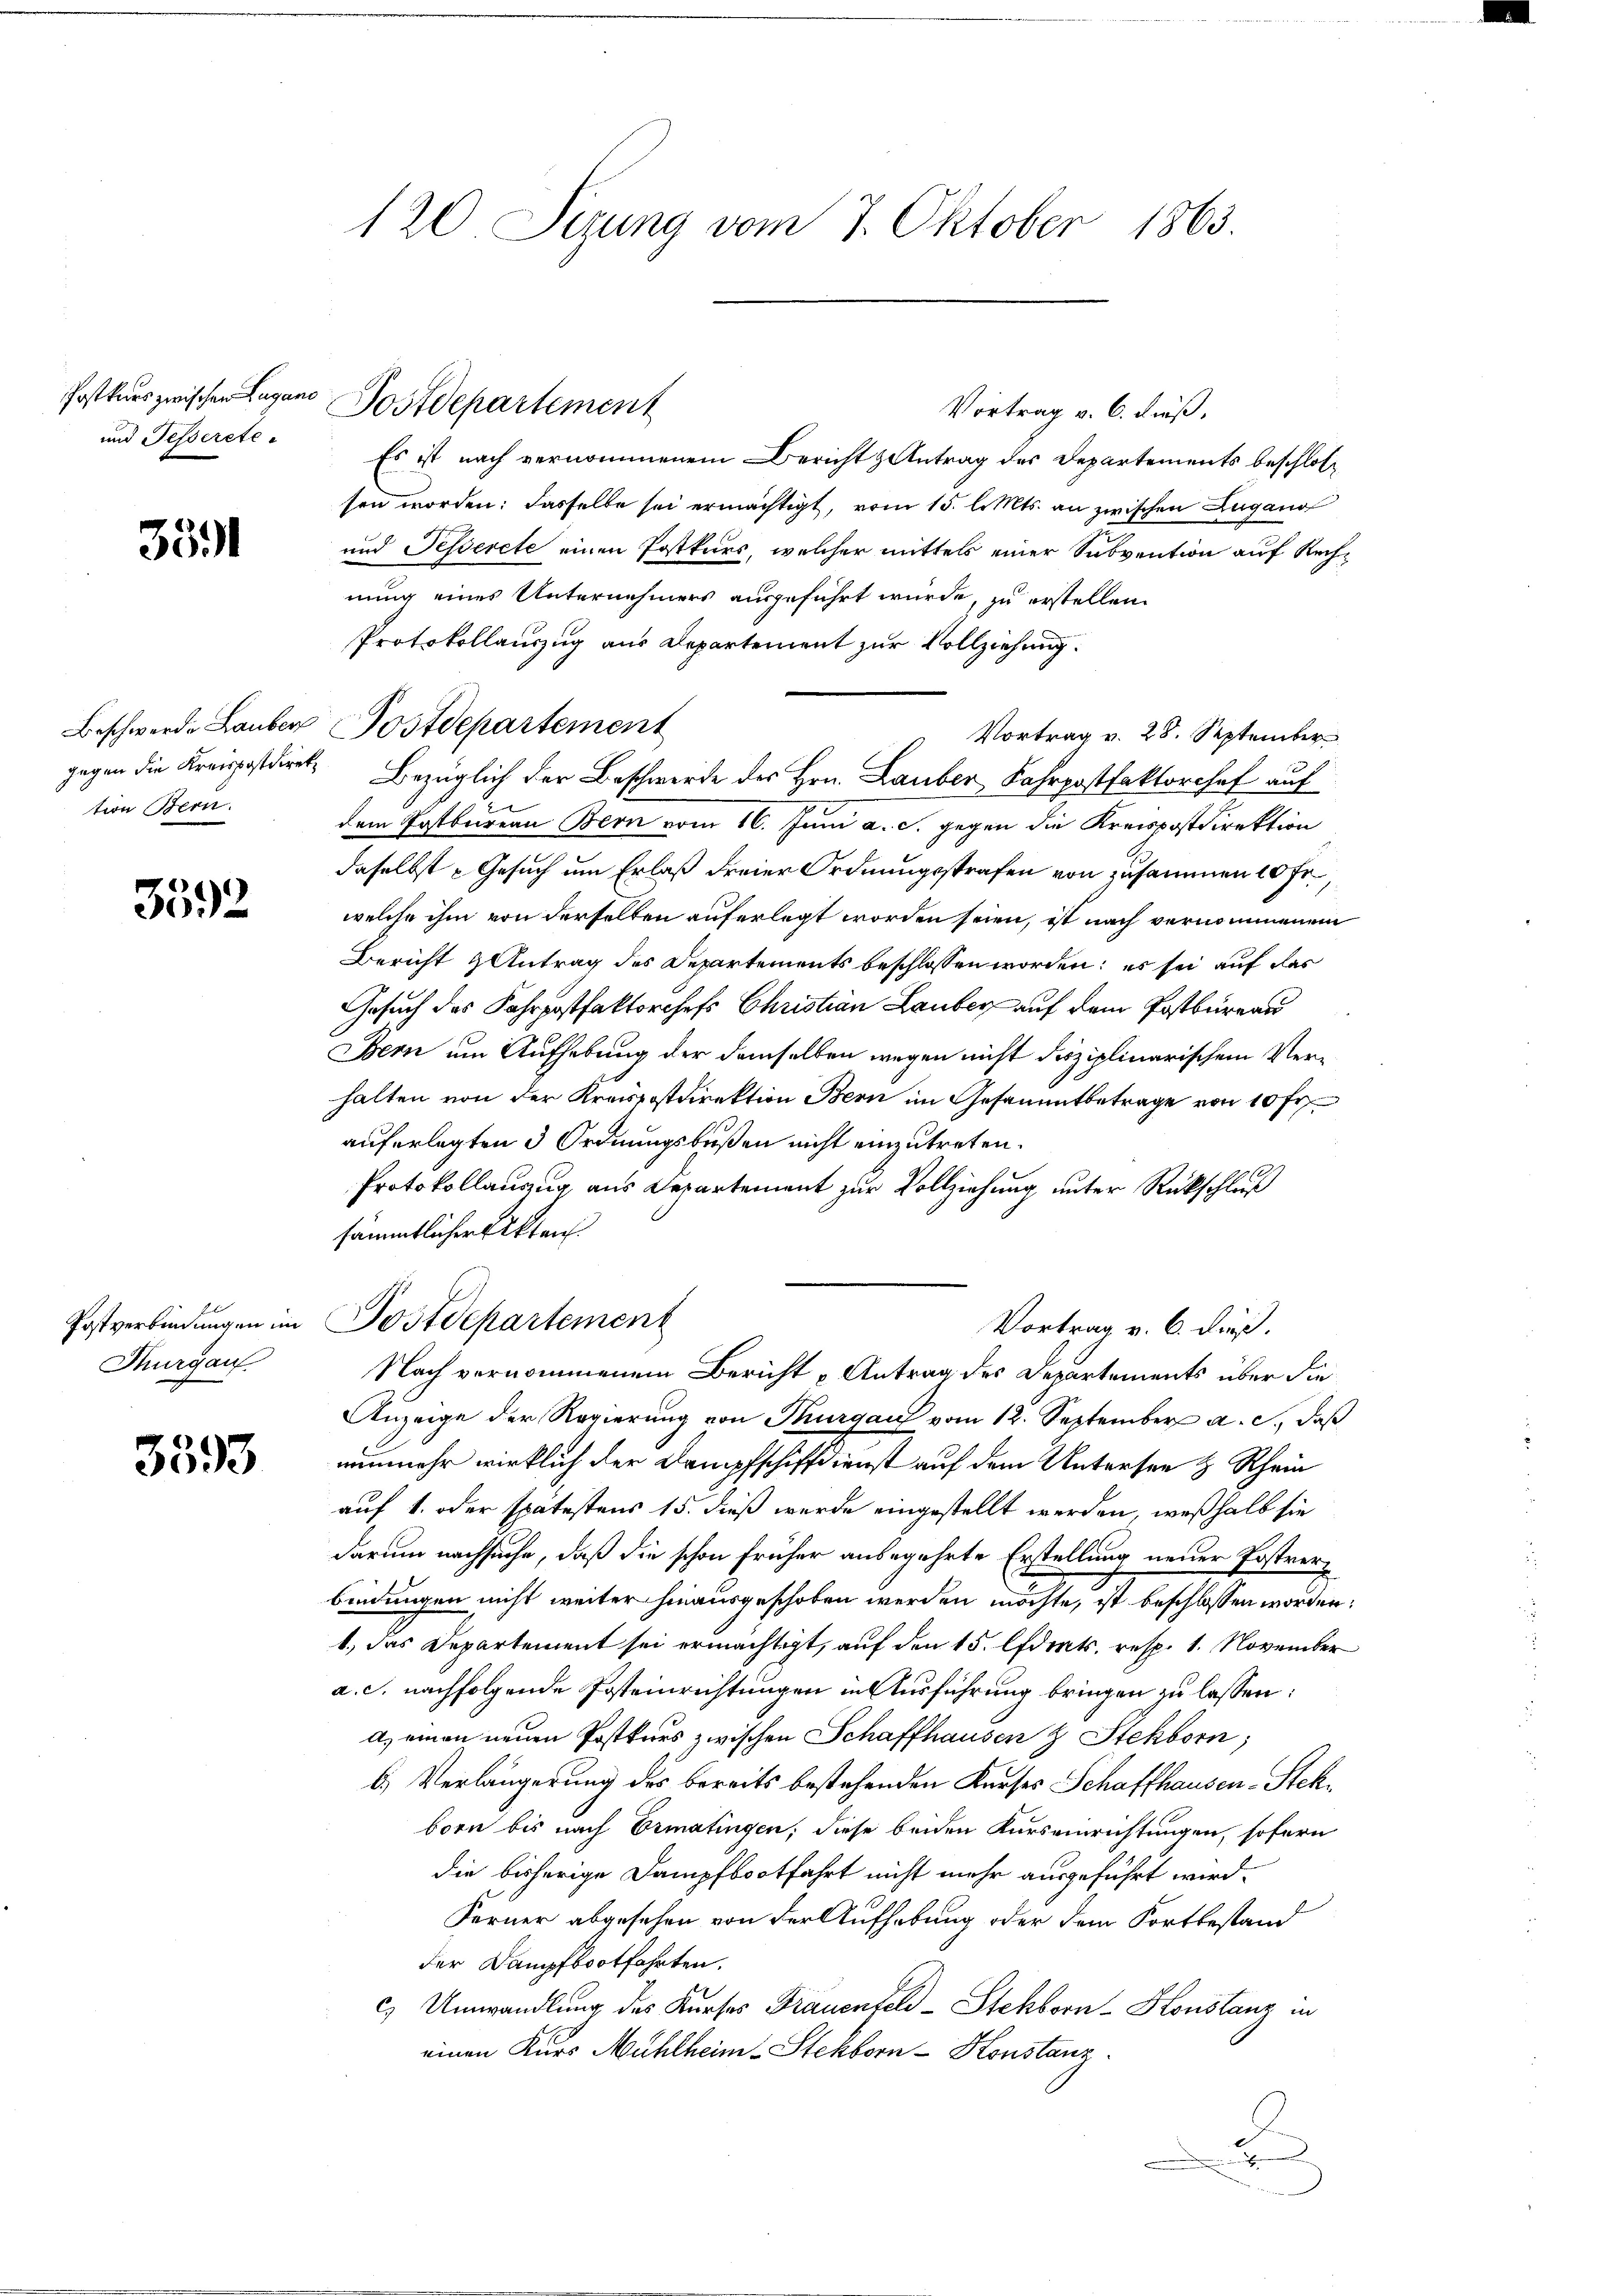
Postkurs zwischen Lugano
und Tessereten

3391

tion Bern.

3592

l
Thurgau.

3593

Vortrag v. 6. dieß,
Es ist nach vernommenem Bericht antrag des Departements beschlossen worden: dasselbe sei ermächtigt, vom 15. l. Mts. an zwischen Lugano
und Tesserete einen Postkurs, welcher mittels einer Subvention auf Rechnung eines Unternehmers ausgeführt wurde, zu erstellen.
Protokollauszug aus Departement zur Vollziehung.
Beschwerde Lauber Postdepartement
Vortrag v. 28. September
gegen die Kreispostdirek, Bezüglich der Beschwerde des Hrn. Lauber, Fahrpostfaktorchef auf
dem Postbureau Bern vom 16. Juni a. c. gegen die Kreispostdirektion
daselbst - Gesuch um Erlaß dreier Ordnungsstrafen von zusammen 10 Fr.,
welche ihm von derselben auferlegt worden seien, ist nach vernommenem
Bericht & Antrag des Departements beschlossen worden; es sei auf das
Gesuch des Fahrpostfaktorchefs Christian Lauber auf dem Postbureau
Bern um Aufhebung der demselben wegen nicht disziplinarischem Verhalten von der Kreispostdirektion Bern im Gesammtbetrage von 10 Fr
auferlegten 3 Ordnungsbußen nicht einzutreten.
Protokollauszug aus Departement zur Vollziehung unter Rückschluß
sämmtlicher Akten
Postverbindungen im Postdepartement
Vortrag v. 6. dieß.
Nach vernommenem Bericht u Antrag des Departements über die
Anzeige der Regierung von Thurgau vom 12. September a. c., daß
nunmehr wirklich der Dampfschiffdienst auf dem Untersee z Rhein
auf 1. oder spätestens 15. dieß wurde eingestellt werden, weßhalb sie
darum nachsuche, daß die schon früher anbegehrte Erstellung neuer Postverbindungen nicht weiter hinausgeschoben werden möchte, ist beschlossen worden,
b., das Departement sei ermächtigt, auf den 15. Edits. resp. 1. November
a. c. nachfolgende Posteinrichtungen in Ausführung bringen zu lassen:
a) einen neuen Postkurs zwischen Schaffhausen & Stekborn,
b. Verlängerung des bereits bestehenden Kurses Schaffhausen-Stekborn bis nach Ermatingen, diese beiden Kurseinrichtungen, sofern
die bisherige Dampfbootfahrt nicht mehr ausgeführt wird.
Ferner abgesehen von der Aufhebung oder dem Fortbestand
der Dampfbootfahrten.
c) Umwandlung des Kurses Frauenfeld-Stehborn-Konstanz in
einen Kurs Mühlheim Stekborn-Konstanz
.
e
e

120 Sezung vom 7. Oktober 1863.

Postdepartement